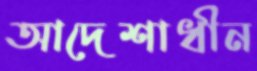
আদেশাধীন